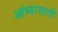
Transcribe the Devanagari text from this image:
आंब्यासाठी